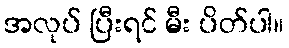
အလုပ် ပြီးရင် မီး ပိတ်ပါ။